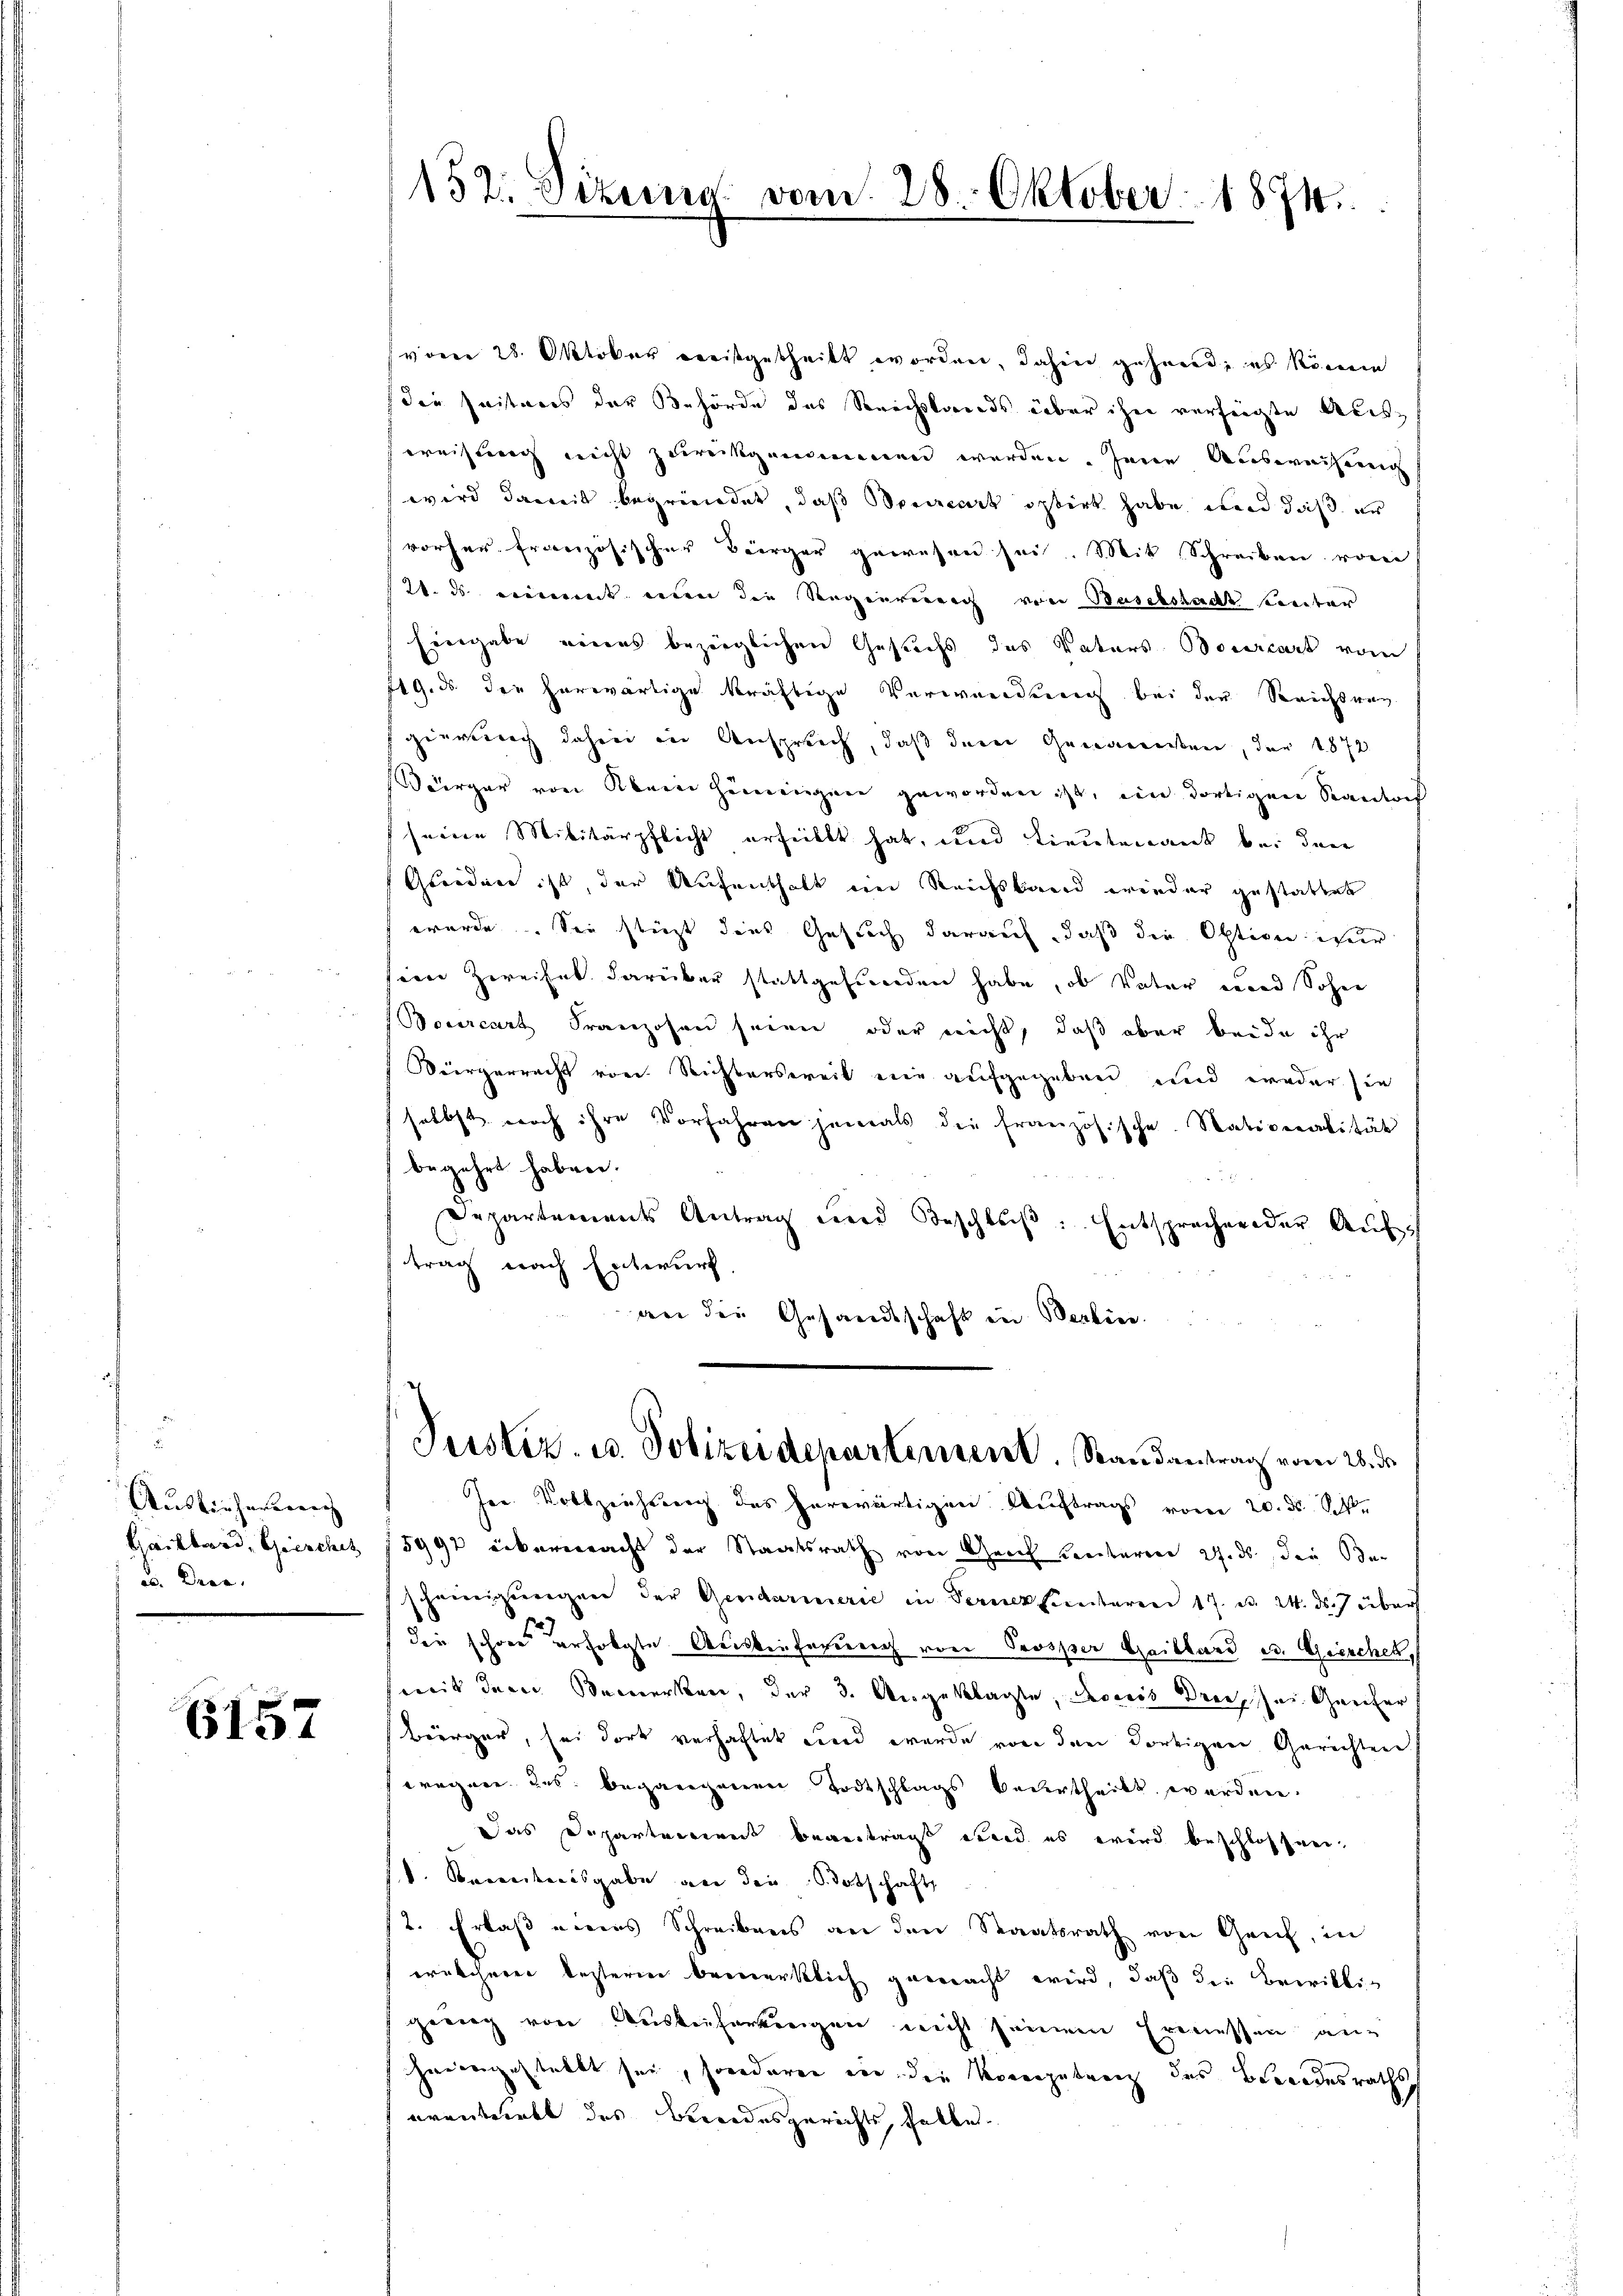
Auslieferung
Haillord, Gierchit
es. Dies

6157

(vom 28. Oktober dreitgetheilt worden, dahin gehend, es könne
(die Zeiteres der Behörde des Reichstands über ihn verfügte Alesweisung nicht zurückgenommen werden. Jene Ausweisung
wird damit begründet, daß oriert optirt habe und daß er
vorher französischer Bürger gewesen sei. Mit Schreiben vom
12. ds. einmet wenn die Regenvereich von Baselstadt sunter
Eingabe eines bezüglichen Gesuchs des Vaters Bourcart vom
719. ds. der herwärtige kräftige Verwendung bei der Reichtweg
gearberich dahin in Anspruch, daß deren Generenissen, der 1872
Bürger von Klein Heinigen geworden ist, ein dortigen Standtaf
seinen Militärpflicht erheilt hat, und Lieutenant bei den
Grunden ist, der Aufenthalt im Reichskand wieder gestattet
würde. Sie stüzt dies Gesuch darauf, daß die Option wer
seen Zweifel darüber stattgefunden habe, ob Vater und Sohn
Bourcart Franzosen seien oder nicht, daß aber beide ihr
Bürgerrecht von Richtersweil nie aufgegeben und eroder sie
selbst noch ihre Vorfahren jemals die französische Nationalität
begehrt haben.
Departements Antrag und Beschlŭβ: Entsprechender Aŭf-
trag nach Entwurf
an der Gesandtschaft in Berlin.

152: Sizung vom 28. Oktober 1874.

Justiz u. Polizeidepartement. Randantrag vom 28. d.

Ire. Vollziehung des herwärtigen Auftrags vom 20. ds S
5992 übereeracht der Staatsrath von Geich Lenitarien 27. ds, den Ber
scheinigungen der Gendarmerie in Ferner unteren 17. d. 24. ds. 7 über
die schöne erfolgte Auslieferung von Prosper Gaillard u. Grischek,
weit dere Bemerkten, der 3. Angeklagte, Recess Dreche Geicher
Bürger, sei dort verhaftet und wurde von den dortigen Gerichten
eregnen des begangenen Todtschlags bedertheilt werden.
Das Departeniret beantragt wird es wird beschlossner
/d. Beweiseisgabe an die Botschafts
2. Erlaß eines Schreibens an den Staatsrath von Greif, in
welcheren besterien bemerklich gemacht wird, daß die Breiklizwing von Auskeiferungen nicht seinem Ermessen an-
heurenzustellt sei, sonderen ein die Korenzutrag des Bewendesraths
erantrebt des Bundesgerichts halte.